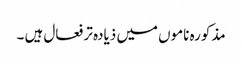
مذکورہ ناموں میں ذیادہ تر فعال ہیں ۔